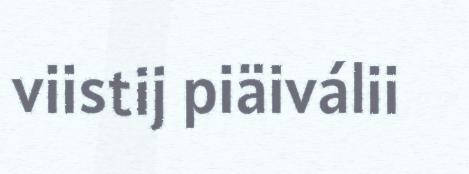
viistij piäiválii